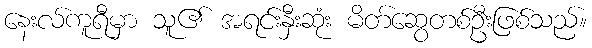
နေးလ်ကူရီမှာ သူ၏ အရင်းနှီးဆုံး မိတ်ဆွေတစ်ဦးဖြစ်သည်။